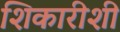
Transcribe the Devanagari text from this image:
शिकारीशी